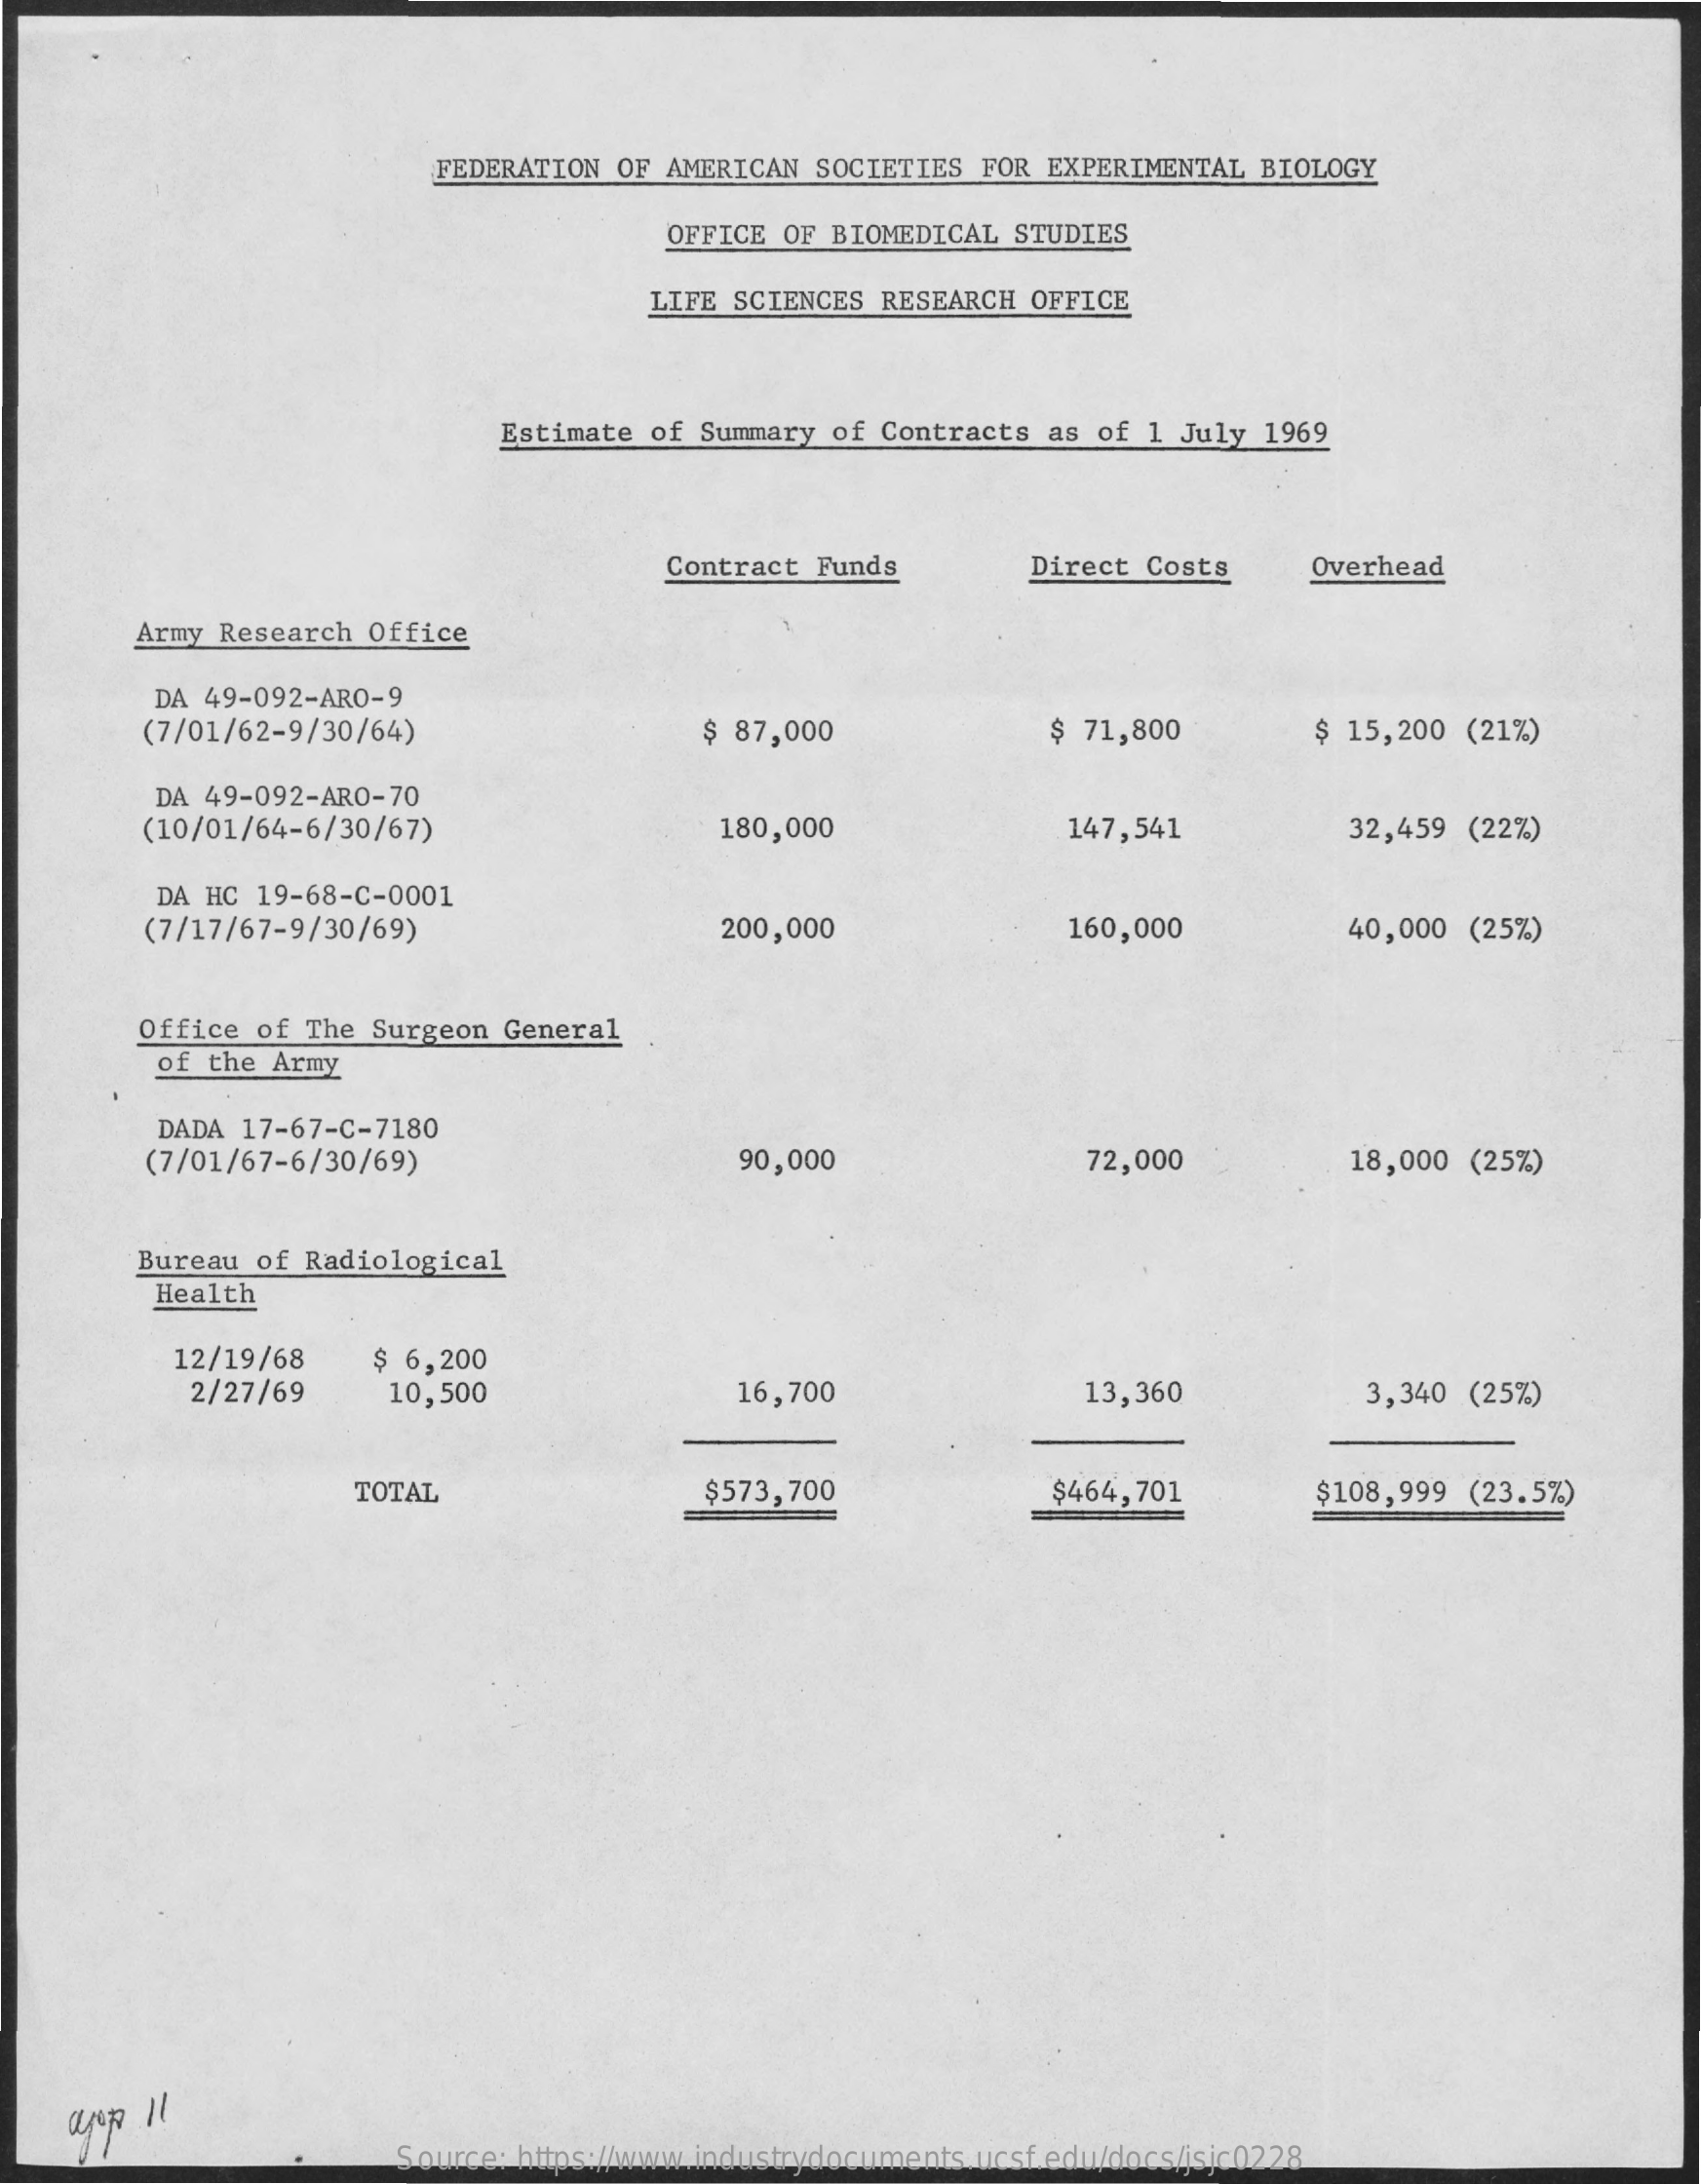
FEDERATION OF AMERICAN  SOCIETIES  FOR EXPERIMENTAL  BIOLOGY
     OFFICE OF BIOMEDICAL  STUDIES
     LIFE SCIENCES  RESEARCH OFFICE
     Estimate of  Summary of  Contracts as  of 1 July 1969
     Contract Funds    Direct  Costs    Overhead
     Army Research  Office
     DA 49-092-ARO-9
     (7/01/62-9/30/64)    $ 87,000    $ 71,800    $ 15,200 (21%)
     DA 49-092-ARO-70
     (10/01/64-6/30/67)    180,000    147,541    32,459  (22%)
     DA HC  19-68-C-0001
     (7/17/67-9/30/69)    200,000    160,000    40,000  (25%)
     Office  of The Surgeon  General
     of  the Army
     DADA 17-67-C-7180
     (7/01/67-6/30/69)    90,000    72,000    18,000  (25%)
     Bureau  of Radiological
     Health
     12/19/68    $ 6,200
     2/27/69    10,500    16,700    13,360    3,340  (25%)
     TOTAL    $573,700    $464,701    $108,999  (23.5%)
     Source: https://www.industrydocuments.ucsf.edu/docs/jsjc0228